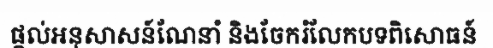
ផ្តល់អនុសាសន៍ណែនាំ និងចែករំលែកបទពិសោធន៍